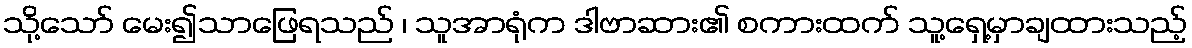
သို့သော် မေး၍သာဖြေရသည် ၊ သူအာရုံက ဒါဗာဆား၏ စကားထက် သူ့ရှေ့မှာချထားသည့်